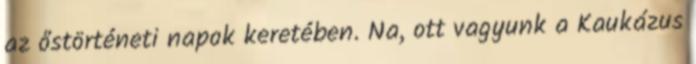
az őstörténeti napok keretében. Na, ott vagyunk a Kaukázus